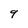
Character: 9